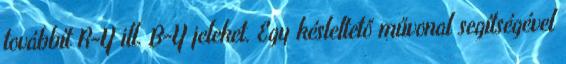
továbbít R-Y ill. B-Y jeleket. Egy késleltető művonal segítségével